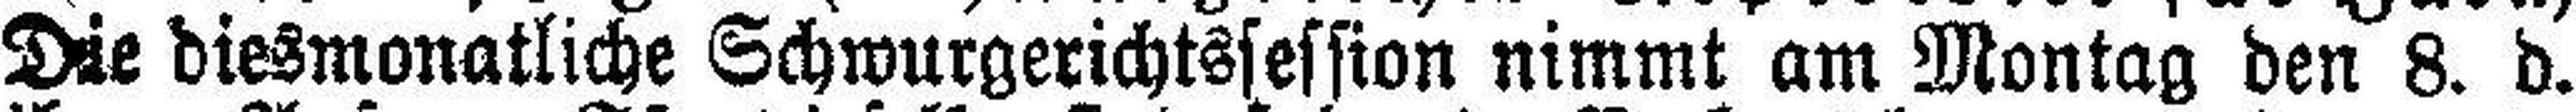
Die diesmonatliche Schwurgerichtssession nimmt am Montag den 8. d.